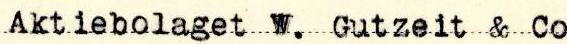
Aktiebolaget W. Gutzeit & Co